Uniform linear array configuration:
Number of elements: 48
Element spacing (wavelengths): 0.75
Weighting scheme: uniform
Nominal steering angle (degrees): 30
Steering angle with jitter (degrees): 31.754
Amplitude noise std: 0.05
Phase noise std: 0.05

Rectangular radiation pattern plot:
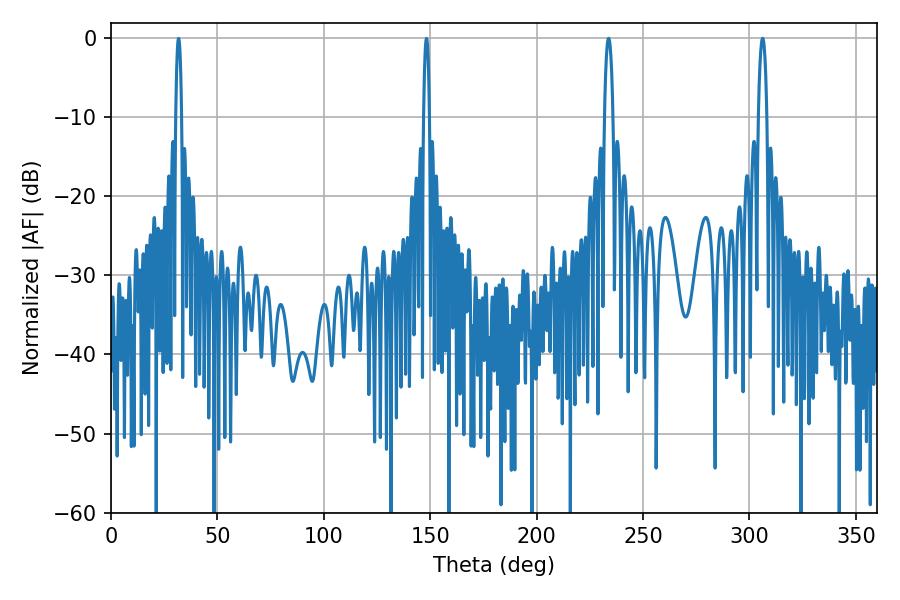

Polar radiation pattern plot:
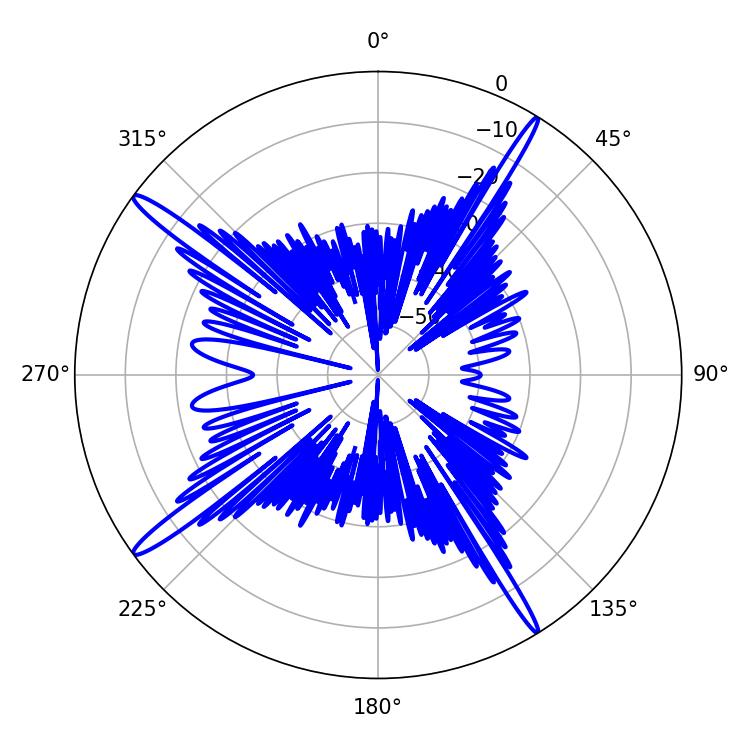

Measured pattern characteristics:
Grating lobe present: TRUE
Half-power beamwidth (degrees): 2.16
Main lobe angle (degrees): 306.18